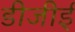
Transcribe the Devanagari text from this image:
डीजीई